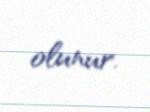
olunur.